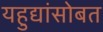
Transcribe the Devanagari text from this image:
यहुद्यांसोबत